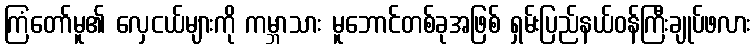
ကြံတော်မူ၏ လှေငယ်များကို ကမ္ဘာသား မူဘောင်တစ်ခုအဖြစ် ရှမ်းပြည်နယ်ဝန်ကြီးချုပ်ဖလား